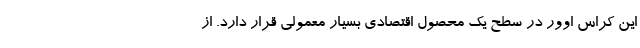
این کراس اوور در سطح یک محصول اقتصادی بسیار معمولی قرار دارد. از